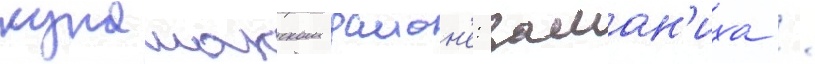
кунашакском раион'е: заман'иха /